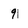
Character: 9